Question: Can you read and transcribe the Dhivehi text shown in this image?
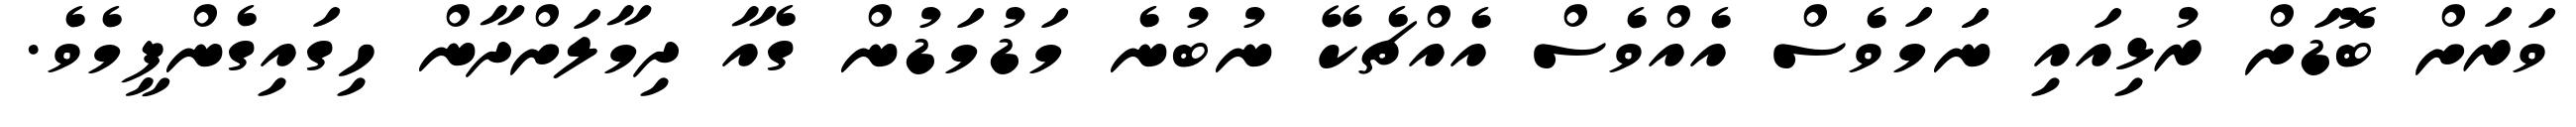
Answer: ވަރަށް ބޮޑަށް ރުޅިއައި ނަަމަވެސް އެއްވެސް އެއްޗެކޭ ނުބުނެ މަޑުމަޑުން ގެއާ ދިމާލަށްދާން ހިގައިގެންފީމެވެ.